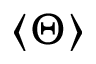
\langle \Theta \rangle